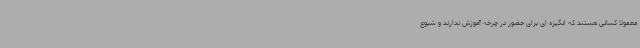
معمولا کسانی هستند که انگیزه ای برای حضور در چرخه آموزش ندارند و شیوع